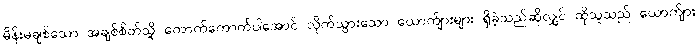
မိန်းမချစ်သော အချစ်စိတ်သို့ ကောက်ကောက်ပါအောင် လိုက်သွားသော ယောက်ျားများ ရှိခဲ့သည်ဆိုလျှင် ထိုသူသည် ယောက်ျား